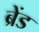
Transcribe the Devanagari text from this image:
ब्रेंड